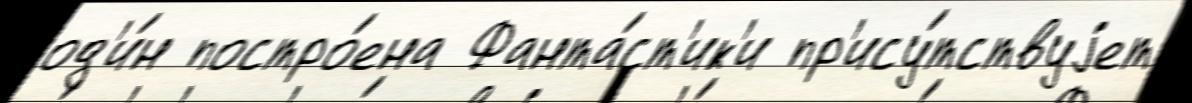
од'и́н постро́ена Фанта́ст'ик'и пр'ису́тствуjет